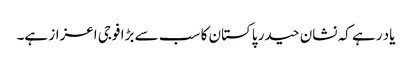
یاد رہے کہ نشان حیدر پاکستان کا سب سے بڑا فوجی اعزاز ہے۔